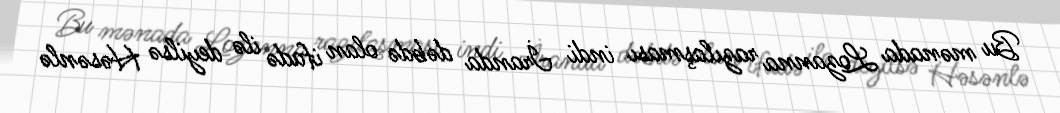
Bu mənada Lozanna razılaşması indi İranda dəbdə olan ifadə ilə deyilsə Həsənlə